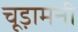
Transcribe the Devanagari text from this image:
चूड़ामनी